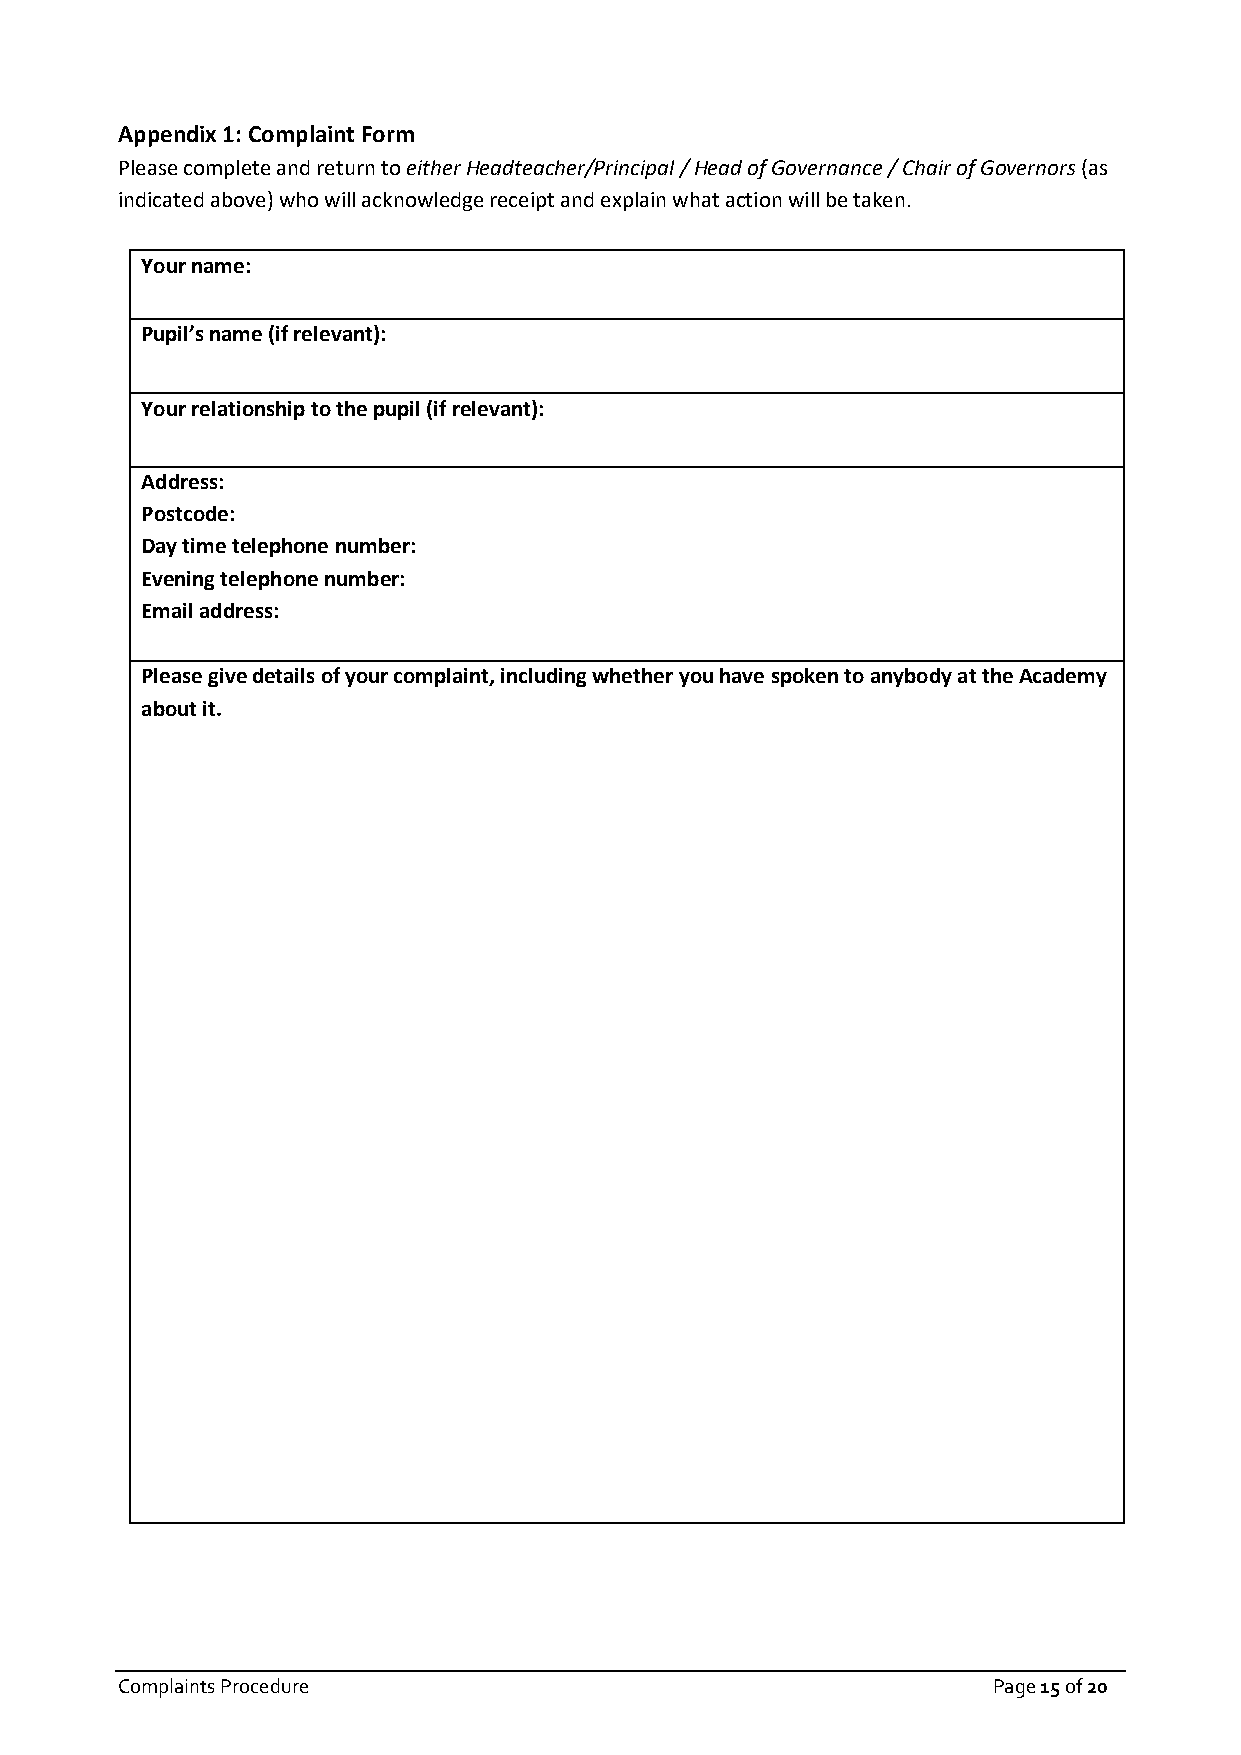
Appendix 1: Complaint Form
 Please complete and return to either Headteacher/Principal / Head of Governance / Chair of Governors (as
 indicated above) who will acknowledge receipt and explain what action will be taken.
 Your name:
 Pupil’s name (if relevant):
 Your relationship to the pupil (if relevant):
 Address:
 Postcode:
 Day time telephone number:
 Evening telephone number:
 Email address:
 Please give details of your complaint, including whether you have spoken to anybody at the Academy
 about it.
 Complaints Procedure                                      Page 15 of 20